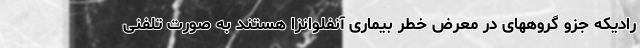
رادیکه جزو گروههای در معرض خطر بیماری آنفلوانزا هستند به صورت تلفنی